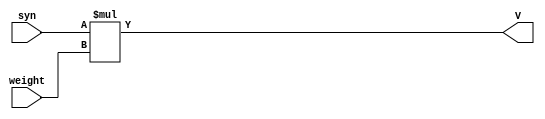
module weigher(input [3:0] syn, input [10:0] weight, output reg [14:0] V);
	always @(*) begin
        V = syn*weight;
    end
endmodule